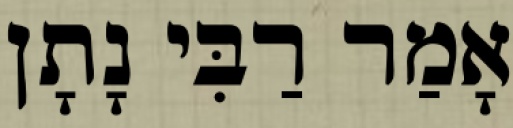
אָמַר רַבִּי נָתָן